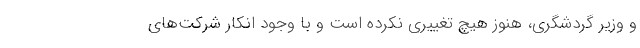
و وزیر گردشگری، هنوز هیچ تغییری نکرده است و با وجود انکار شرکت‌های